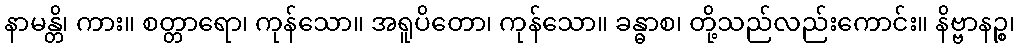
နာမန္တိ၊ ကား။ စတ္တာရော၊ ကုန်သော။ အရူပိတော၊ ကုန်သော။ ခန္ဓာစ၊ တို့သည်လည်းကောင်း။ နိဗ္ဗာနဉ္စ၊